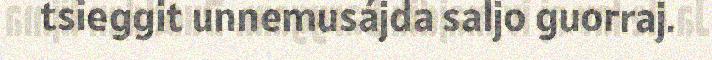
tsieggit unnemusájda saljo guorraj.